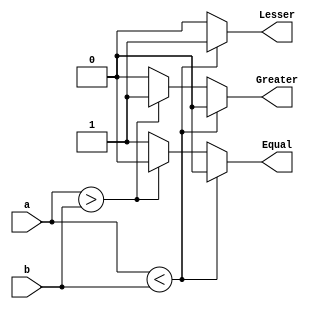
module comparator_4bit(
    input [3:0] a,
    input [3:0] b,
    output Lesser,
    output Greater,
    output Equal
);
    reg Lesser, Greater, Equal;
    
    always @(*) begin
        if (a < b) begin
            Lesser = 1'b1;
            Equal = 1'b0;
            Greater = 1'b0;
        end
        else if (a > b) begin
            Lesser = 1'b0;
            Equal = 1'b0;
            Greater = 1'b1;
        end
        else begin
            Lesser = 1'b0;
            Equal = 1'b1;
            Greater = 1'b0;
        end
    end
endmodule